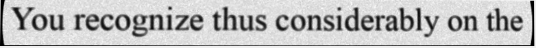
You recognize thus considerably on the